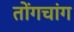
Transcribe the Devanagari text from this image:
तोंगचांग